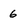
Character: 6